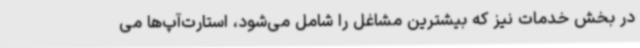
در بخش خدمات نیز که بیشترین مشاغل را شامل می‌شود، استارت‌آپ‌ها می